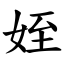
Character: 姪